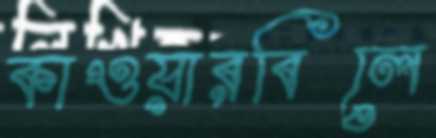
কাওয়ারবিলে